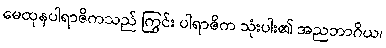
မေထုနပါရာဇိကသည် ကြွင်း ပါရာဇိက သုံးပါး၏ အညဘာဂိယ၊